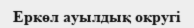
Еркөл ауылдық округі